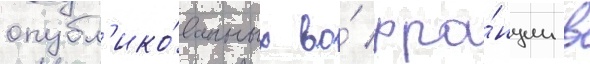
опубл'ико́ванных во́ фра́нции в